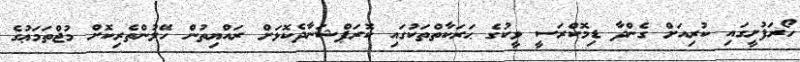
ހޯރަފުށީގައި ކުރިއަށް ގެންދާ ޑިމޮކްރަސީ ވީކުގެ ޙަރަކާތްތަކުގައި ކޮރަޕްޝަނާދެކޮޅަށް ރައްޔިތުން ހޭލުންތެރިކޮށް މުޖްތަމަޢުގެ